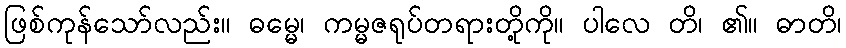
ဖြစ်ကုန်သော်လည်း။ ဓမ္မေ၊ ကမ္မဇရုပ်တရားတို့ကို။ ပါလေ တိ၊ ၏။ ဓာတိ၊